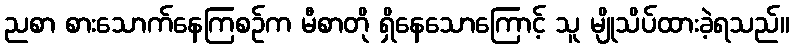
ညစာ စားသောက်နေကြစဉ်က မီစာတို ရှိနေသောကြောင့် သူ မျိုသိပ်ထားခဲ့ရသည်။